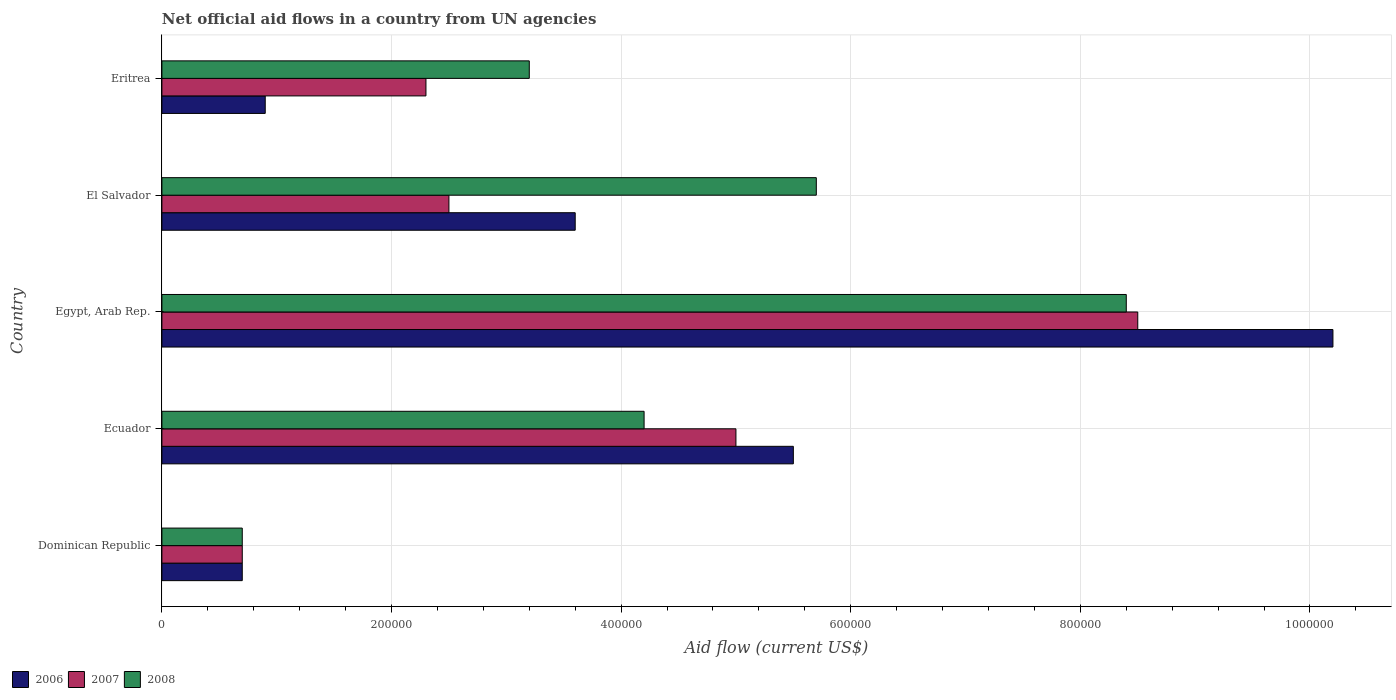
| Country | 2006 | 2007 | 2008 |
 | --- | --- | --- | --- |
 | Dominican Republic | 7e+04 | 7e+04 | 7e+04 |
 | Ecuador | 5.5e+05 | 5e+05 | 4.2e+05 |
 | Egypt, Arab Rep. | 1.02e+06 | 8.5e+05 | 8.4e+05 |
 | El Salvador | 3.6e+05 | 2.5e+05 | 5.7e+05 |
 | Eritrea | 9e+04 | 2.3e+05 | 3.2e+05 |